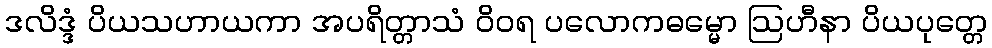
ဒလိဒ္ဒံ ပိယသဟာယကာ အပရိတ္တာသံ ဝိဝရ ပလောကဓမ္မော ဩဟီနာ ပိယပုတ္တေ